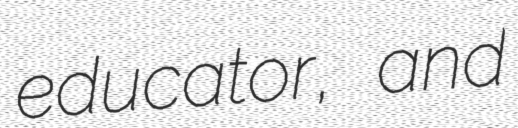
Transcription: educator, and